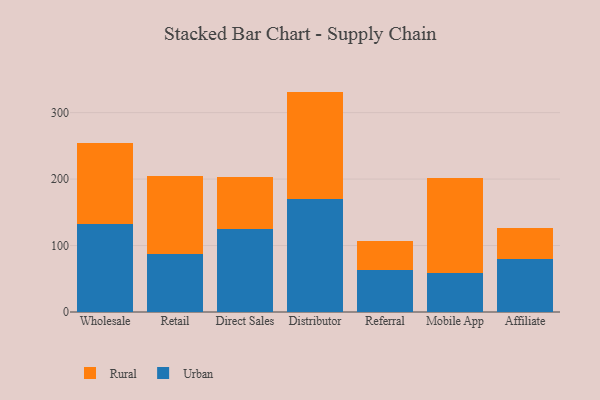
{"axis": {"x": "Channel", "y": "Churn Rate (%)"}, "legend": ["Rural", "Urban"], "data": [{"x": "Wholesale", "y": 133.1, "type": "Urban"}, {"x": "Wholesale", "y": 120.6, "type": "Rural"}, {"x": "Retail", "y": 87.4, "type": "Urban"}, {"x": "Retail", "y": 116.8, "type": "Rural"}, {"x": "Direct Sales", "y": 125.3, "type": "Urban"}, {"x": "Direct Sales", "y": 77.7, "type": "Rural"}, {"x": "Distributor", "y": 170.5, "type": "Urban"}, {"x": "Distributor", "y": 161.1, "type": "Rural"}, {"x": "Referral", "y": 63.5, "type": "Urban"}, {"x": "Referral", "y": 43.2, "type": "Rural"}, {"x": "Mobile App", "y": 59.2, "type": "Urban"}, {"x": "Mobile App", "y": 142.5, "type": "Rural"}, {"x": "Affiliate", "y": 80.5, "type": "Urban"}, {"x": "Affiliate", "y": 45.7, "type": "Rural"}]}